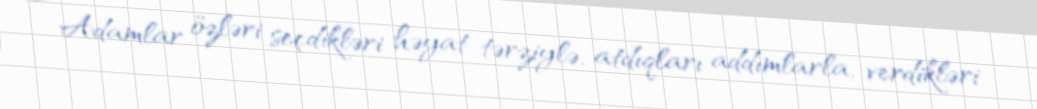
Adamlar özləri seçdikləri həyat tərziylə, atdıqları addımlarla, verdikləri